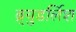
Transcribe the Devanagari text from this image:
ब्र्युडर्लिश